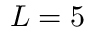
L = 5